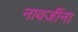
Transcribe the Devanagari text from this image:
नावजींना